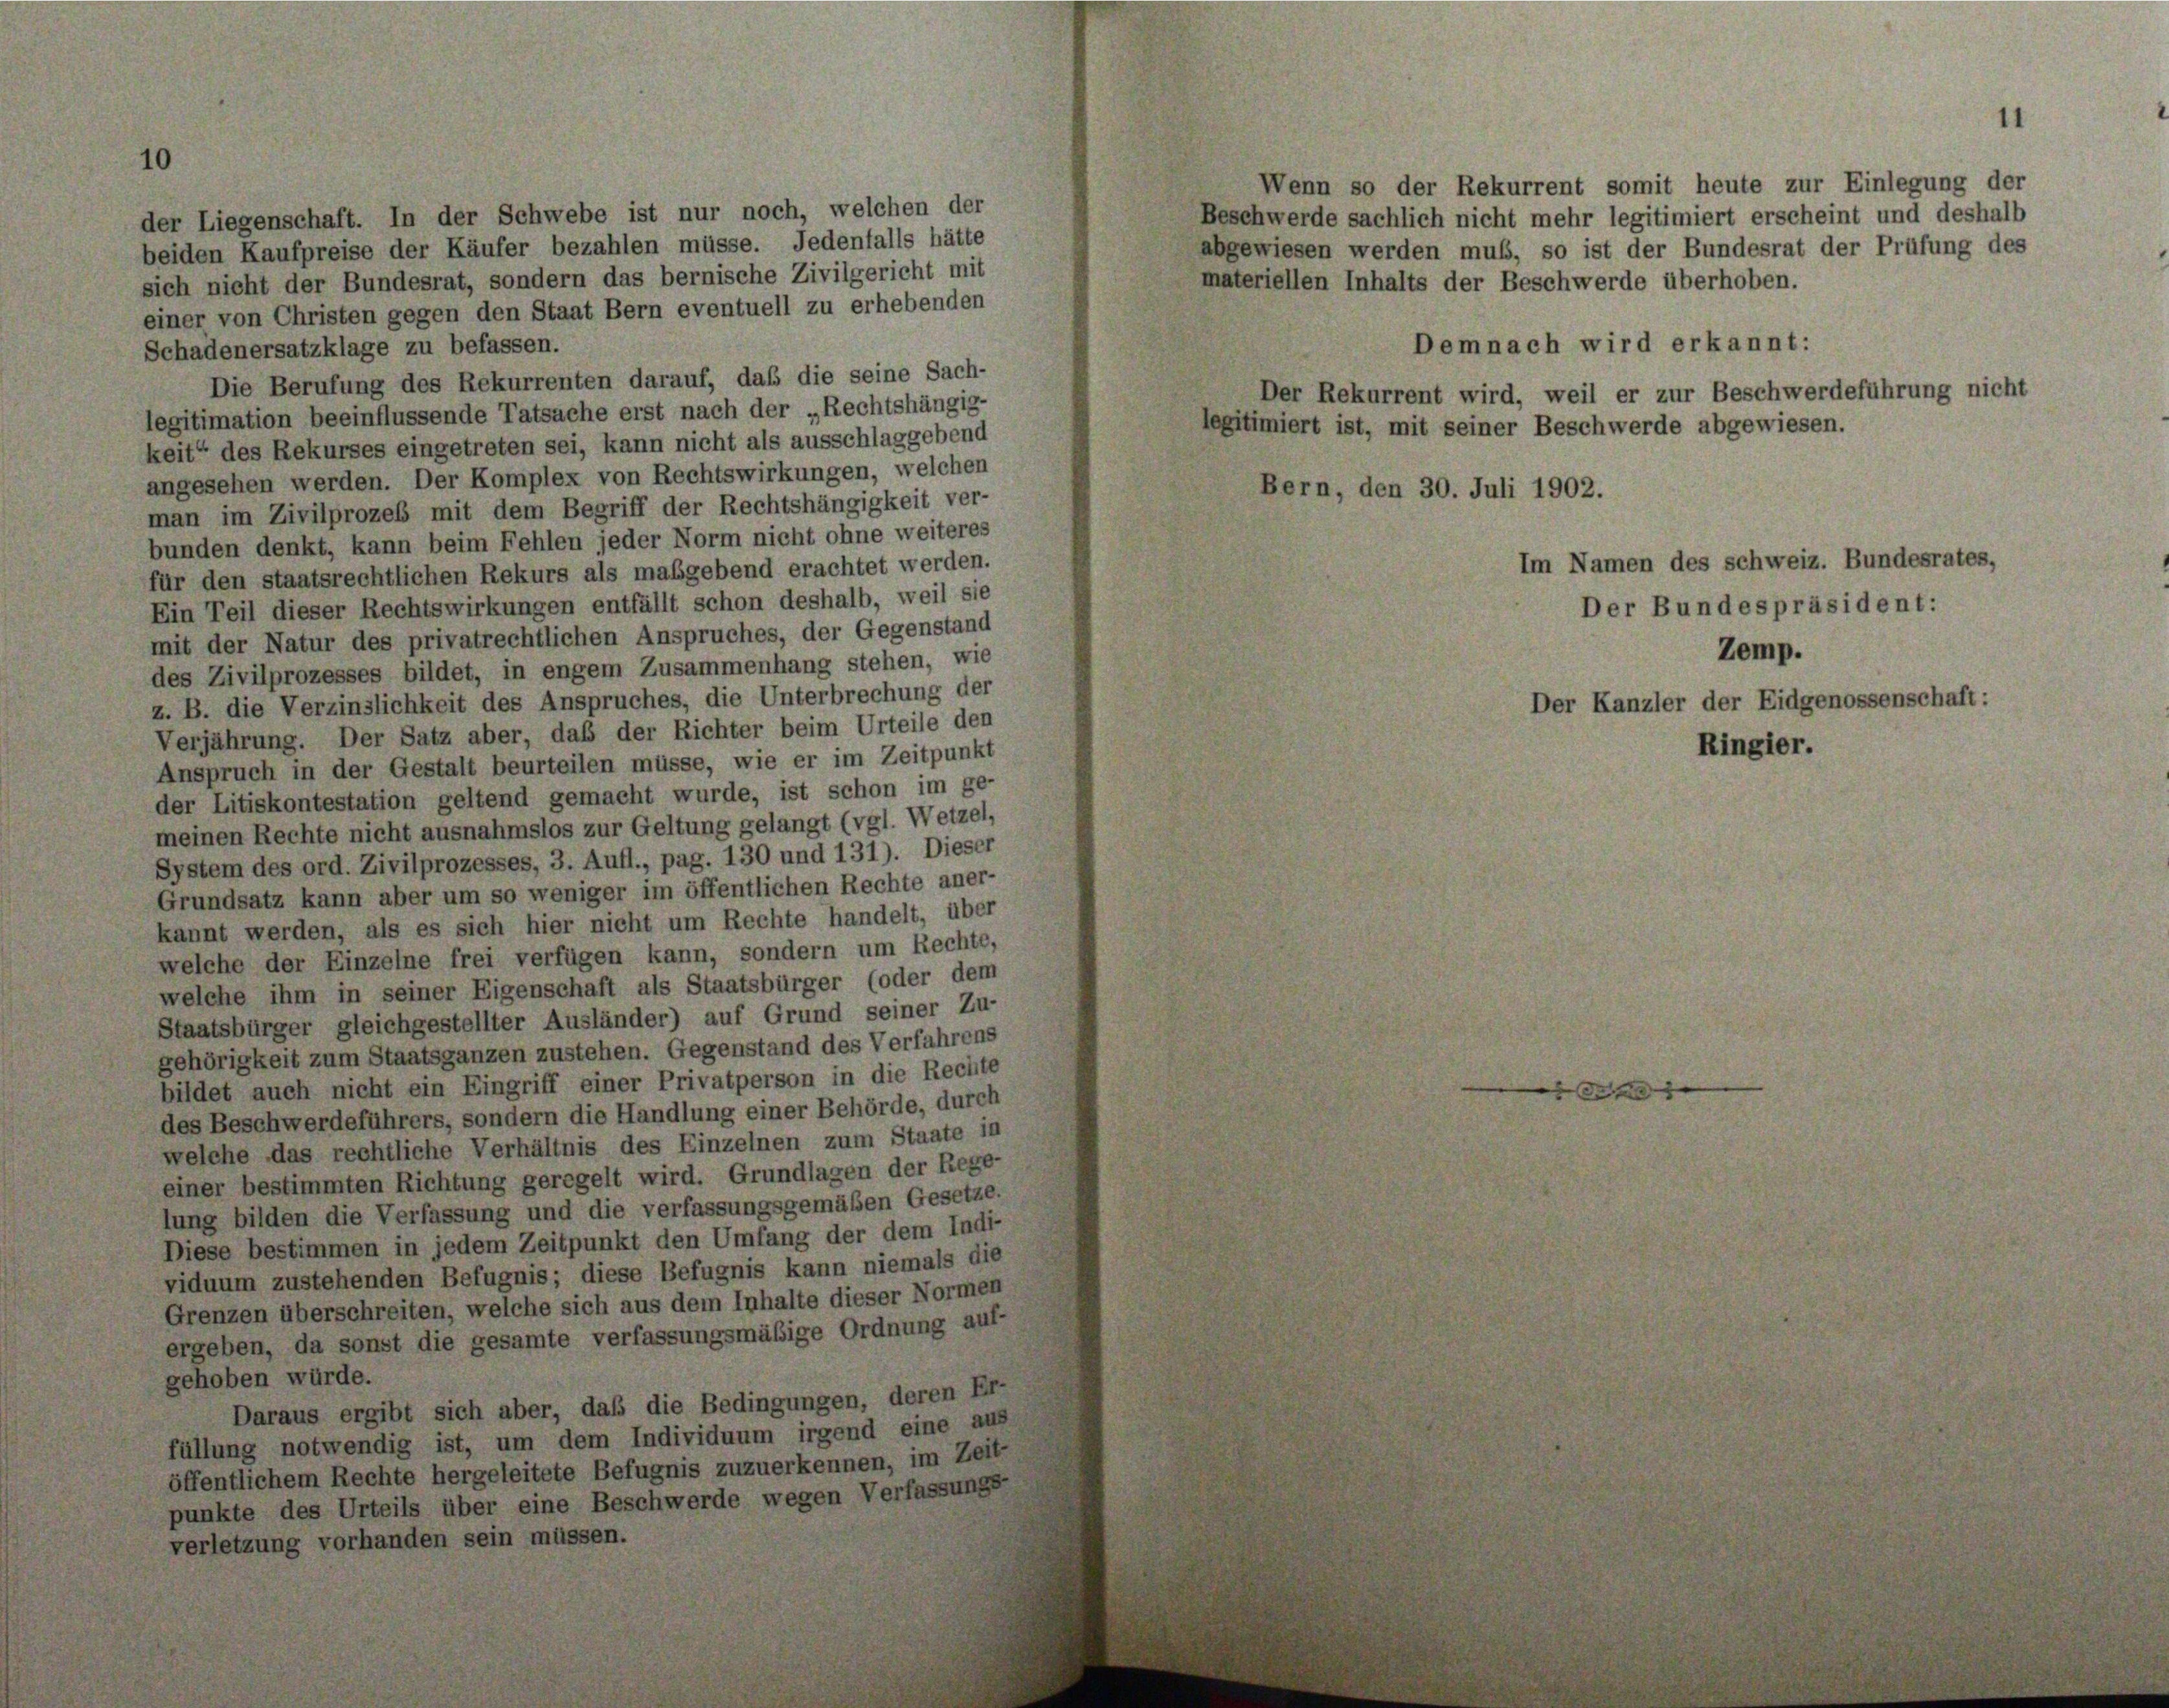
Wenn so der Rekurrent somit heute zur Einlegung der
der Liegenschaft. In der Schwebe ist nur noch, welchen der
Beschwerde sachlich nicht mehr legitimiert erscheint und deshalb
beiden Kaufpreise der Käufer bezahlen müsse. Jedenfalls hätte
abgewiesen werden muß, so ist der Bundesrat der Prüfung des
sich nicht der Bundesrat, sondern das bernische Zivilgericht mit
materiellen Inhalts der Beschwerde überhoben.
einer von Christen gegen den Staat Bern eventuell zu erhebenden
Demnach wird erkannt:
Schadenersatzklage zu befassen.
Die Berufung des Rekurrenten darauf, daß die seine Sach-
Der Rekurrent wird, weil er zur Beschwerdeführung nicht
legitimation beeinflussende Tatsache erst nach der „Rechtshängig-
legitimiert ist, mit seiner Beschwerde abgewiesen.
keit“ des Rekurses eingetreten sei, kann nicht als ausschlaggebend
angesehen werden. Der Komplex von Rechtswirkungen, welchen
Bern, den 30. Juli 1902.
man im Zivilprozeß mit dem Begriff der Rechtshängigkeit ver-
bunden denkt, kann beim Fehlen jeder Norm nicht ohne weiteres
für den staatsrechtlichen Rekurs als maßgebend erachtet werden.
Ein Teil dieser Rechtswirkungen entfällt schon deshalb, weil sie
mit der Natur des privatrechtlichen Anspruches, der Gegenstand
des Zivilprozesses bildet, in engem Zusammenhang stehen, wie
z. B. die Verzinslichkeit des Anspruches, die Unterbrechung der
Verjährung. Der Satz aber, daß der Richter beim Urteile den
Anspruch in der Gestalt beurteilen müsse, wie er im Zeitpunkt
der Litiskontestation geltend gemacht wurde, ist schon im ge-
meinen Rechte nicht ausnahmslos zur Geltung gelangt (vgl. Wetzel,
System des ord. Zivilprozesses, 3. Aufl., pag. 130 und 131). Dieser
Grundsatz kann aber um so weniger im öffentlichen Rechte aner-
kannt werden, als es sich hier nicht um Rechte handelt, über
welche der Einzelne frei verfügen kann, sondern um Rechte,
welche ihm in seiner Eigenschaft als Staatsbürger (oder dem
Staatsbürger gleichgestellter Ausländer) auf Grund seiner Zu-
gehörigkeit zum Staatsganzen zustehen. Gegenstand des Verfahrens
bildet auch nicht ein Eingriff einer Privatperson in die Rechte
des Beschwerdeführers, sondern die Handlung einer Behörde, durch
welche das rechtliche Verhältnis des Einzelnen zum Staate in
einer bestimmten Richtung geregelt wird. Grundlagen der Rege-
lung bilden die Verfassung und die verfassungsgemäßen Gesetze.
Diese bestimmen in jedem Zeitpunkt den Umfang der dem Indi-
viduum zustehenden Befugnis; diese Befugnis kann niemals die
Grenzen überschreiten, welche sich aus dem Inhalte dieser Normen
ergeben, da sonst die gesamte verfassungsmäßige Ordnung auf-
gehoben würde.
Daraus ergibt sich aber, daß die Bedingungen, deren Er-
füllung notwendig ist, um dem Individuum irgend eine aus
öffentlichem Rechte hergeleitete Befugnis zuzuerkennen, im Zeit-
punkte des Urteils über eine Beschwerde wegen Verfassungs-
verletzung vorhanden sein müssen.

Im Namen des schweiz. Bundesrates,
Der Bundespräsident:
Zemp.
Der Kanzler der Eidgenossenschaft:

Ringier.